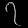
Digit: ၇